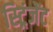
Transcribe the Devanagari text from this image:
स्ट्रिंजेंट